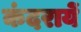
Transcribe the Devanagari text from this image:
कंदरायें